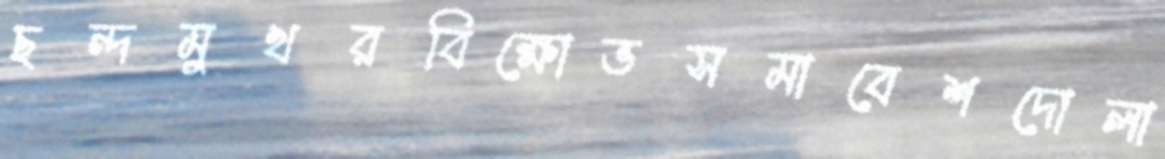
ছন্দমুখরবিক্ষোভসমাবেশদোলা